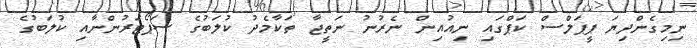
ނިމިގެންދިޔަ ޕީޕަލްސް ކަޕްގައި ނިއުއިން ނެރުނު ނަތީޖާ ތަކާމެދު ކުލަބުގެ ސަޕޯޓަރުންނާއި ކުލަބުގެ